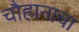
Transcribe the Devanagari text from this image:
चौहानाचा